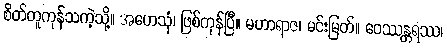
စိတ်တူကုန်သကဲ့သို့။ အဟေသုံ၊ ဖြစ်ကုန်ပြီ။ မဟာရာဇ၊ မင်းမြတ်။ ဝေဿန္တရဿ၊